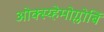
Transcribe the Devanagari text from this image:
ओक्स्य्हेमोग्लोबिं